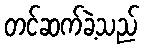
တင်ဆက်ခဲ့သည်